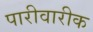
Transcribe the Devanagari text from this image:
पारीवारीक